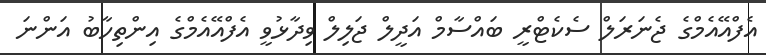
އެފްއޭއެމްގެ ޖެނަރަލް ސެކެޓްރީ ބައްސާމް އަދީލް ޖަލިލް ވިދާޅުވީ އެފްއޭއެމްގެ އިންތިހާބު އަންނަ